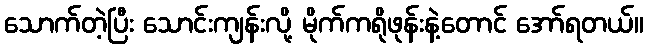
သောက်တဲ့ပြီး သောင်းကျန်းလို့ မိုက်ကရိုဖုန်းနဲ့တောင် အော်ရတယ်။